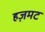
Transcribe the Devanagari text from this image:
हज़मट